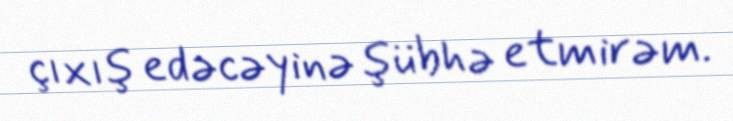
çıxış edəcəyinə şübhə etmirəm.